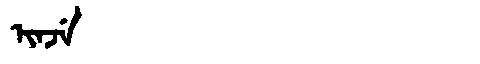
Manchu: ᡳᠨᠵᡝ
Romanization: INJE